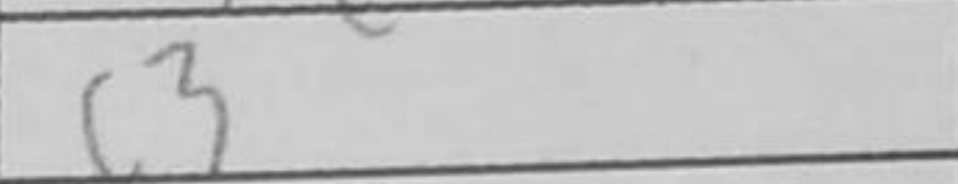
Transcription: c3